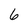
Character: 6